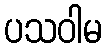
ပသဝါမ